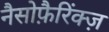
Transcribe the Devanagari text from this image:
नैसोफ़ैरिंक्ज़